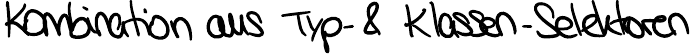
Kombination aus Typ-& Klassen-Selektoren